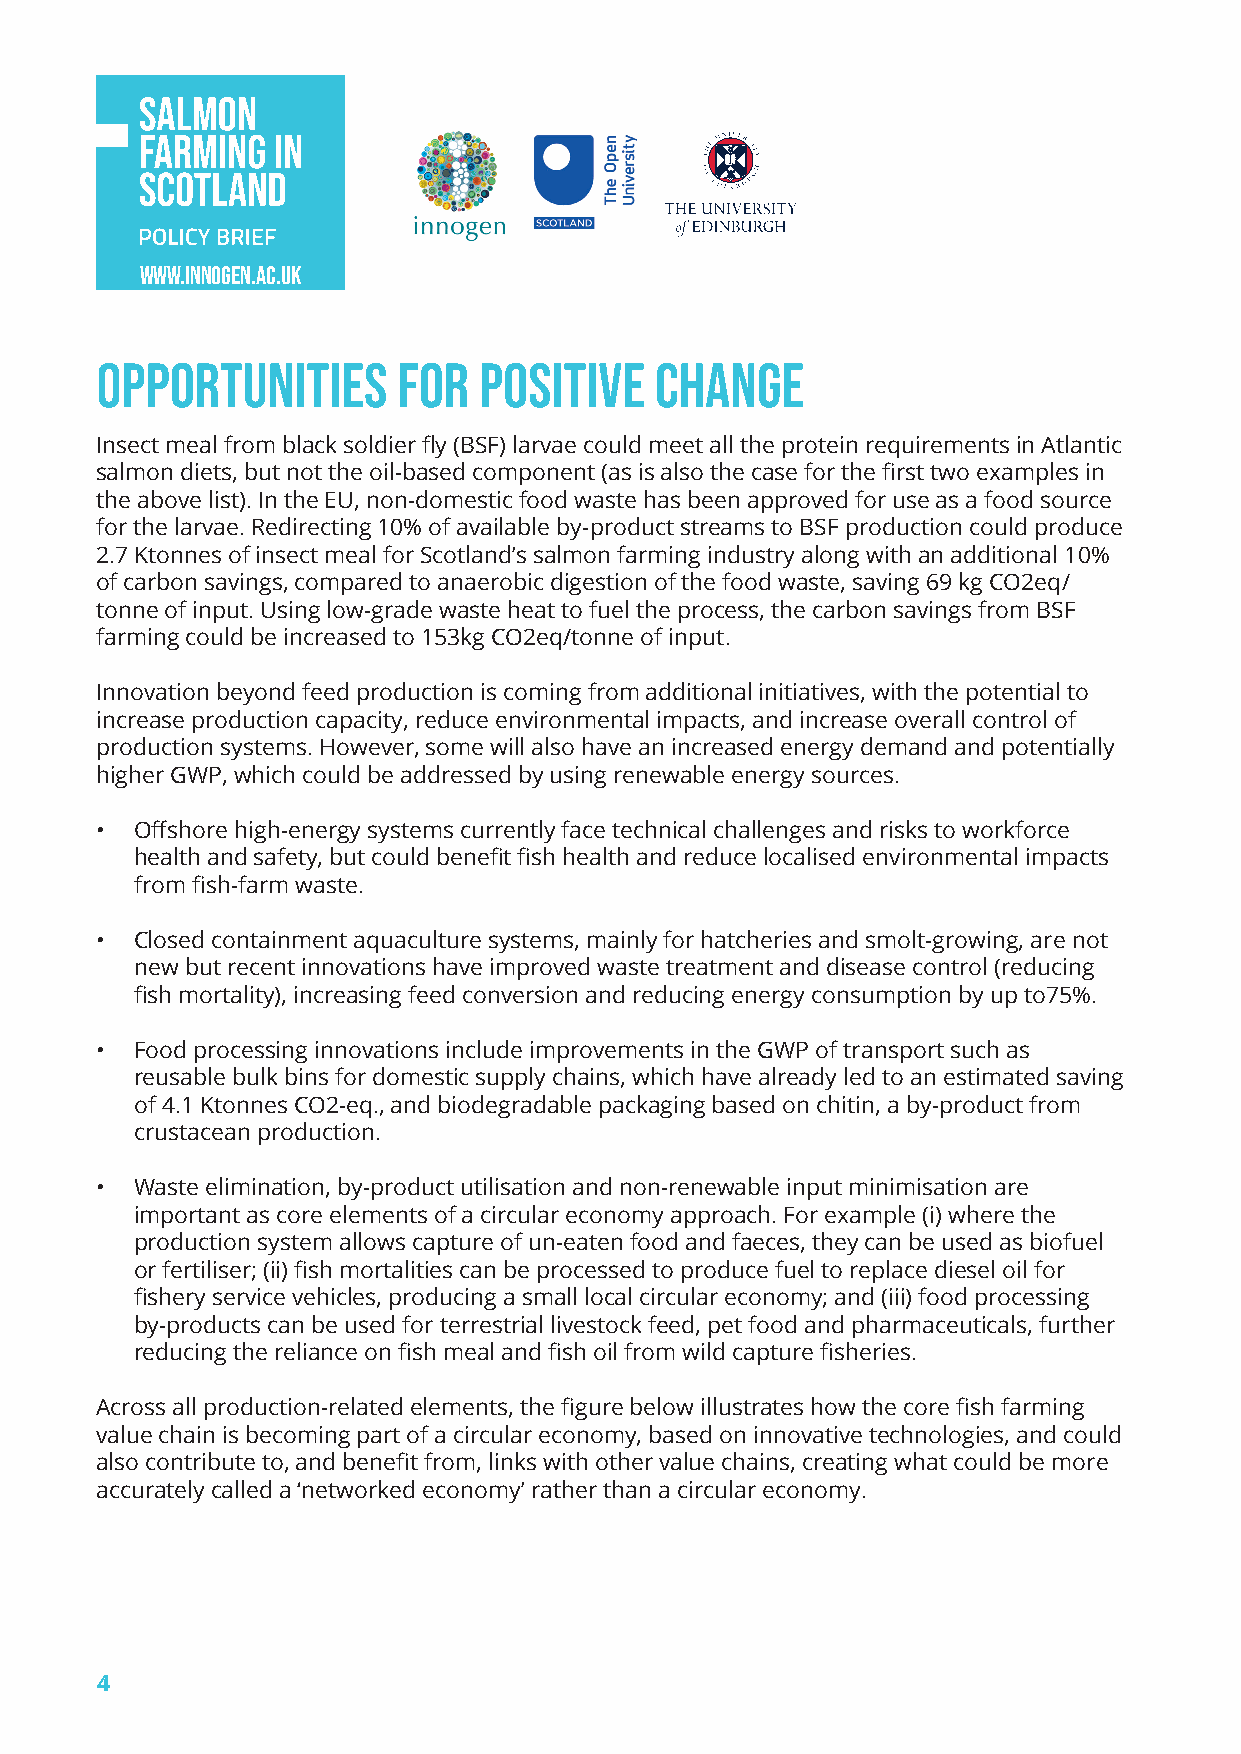
www.innogen.ac.uk
 opportunities       for   positive   change
 Insect meal from black soldier fly (BSF) larvae could meet all the protein requirements in Atlantic
 salmon diets, but not the oil-based component (as is also the case for the first two examples in
 the above list). In the EU, non-domestic food waste has been approved for use as a food source
 for the larvae. Redirecting 10% of available by-product streams to BSF production could produce
 2.7 Ktonnes of insect meal for Scotland’s salmon farming industry along with an additional 10%
 of carbon savings, compared to anaerobic digestion of the food waste, saving 69 kg CO2eq/
 tonne of input. Using low-grade waste heat to fuel the process, the carbon savings from BSF
 farming could be increased to 153kg CO2eq/tonne of input.
 Innovation beyond feed production is coming from additional initiatives, with the potential to
 increase production capacity, reduce environmental impacts, and increase overall control of
 production systems. However, some will also have an increased energy demand and potentially
 higher GWP, which could be addressed by using renewable energy sources.
 •  Offshore high-energy systems currently face technical challenges and risks to workforce
 health and safety, but could benefit fish health and reduce localised environmental impacts
 from fish-farm waste.
 •  Closed containment aquaculture systems, mainly for hatcheries and smolt-growing, are not
 new but recent innovations have improved waste treatment and disease control (reducing
 fish mortality), increasing feed conversion and reducing energy consumption by up to75%.
 •  Food processing innovations include improvements in the GWP of transport such as
 reusable bulk bins for domestic supply chains, which have already led to an estimated saving
 of 4.1 Ktonnes CO2-eq., and biodegradable packaging based on chitin, a by-product from
 crustacean production.
 •  Waste elimination, by-product utilisation and non-renewable input minimisation are
 important as core elements of a circular economy approach. For example (i) where the
 production system allows capture of un-eaten food and faeces, they can be used as biofuel
 or fertiliser; (ii) fish mortalities can be processed to produce fuel to replace diesel oil for
 fishery service vehicles, producing a small local circular economy; and (iii) food processing
 by-products can be used for terrestrial livestock feed, pet food and pharmaceuticals, further
 reducing the reliance on fish meal and fish oil from wild capture fisheries.
 Across all production-related elements, the figure below illustrates how the core fish farming
 value chain is becoming part of a circular economy, based on innovative technologies, and could
 also contribute to, and benefit from, links with other value chains, creating what could be more
 accurately called a ‘networked economy’ rather than a circular economy.
 4